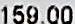
159.00